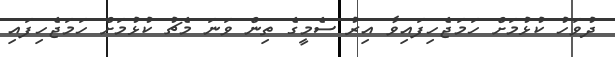
ދުވަހު ކުޅުމަށް ހަމަޖެހިފައިވާ އިރު ސެމީގެ ތިން ވަނަ މެޗު ކުޅުމަށް ހަމަޖެހިފައި